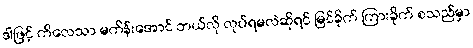
ဒါဖြင့် ကိလေသာ မကိန်းအောင် ဘယ်လို လုပ်ရမလဲဆိုရင် မြင်ခိုက် ကြားခိုက် စသည်မှာ